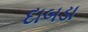
દાબડા